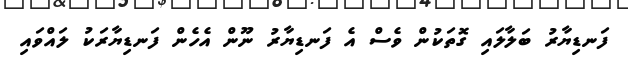
ފަނޑިޔާރު ބަލާލައި ގޮތަކުން ވެސް އެ ފަނޑިޔާރު ނޫން އެހެން ފަނޑިޔާރަކު ލައްވައި